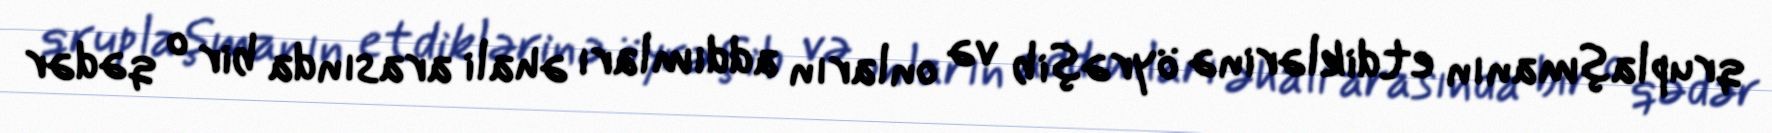
qruplaşmanın etdiklərinə öyrəşib və onların addımları əhali arasında bir o qədər